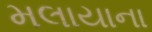
મલાયાના